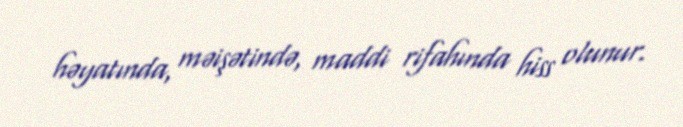
həyatında, məişətində, maddi rifahında hiss olunur.